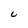
Character: U